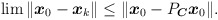
\begin{align*}\lim\|\boldsymbol{x}_0-\boldsymbol{x}_k\|\leq\|\boldsymbol{x}_0-P_{\boldsymbol{C}}\boldsymbol{x}_0\|.\end{align*}